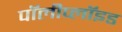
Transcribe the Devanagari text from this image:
पॉलीप्लॉइड